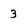
Character: 3